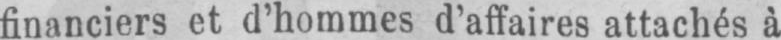
financiers et d’hommes d’affaires attachés à